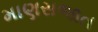
માણસજાત